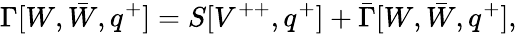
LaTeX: \Gamma[W,\bar{W},q^{+}]=S[V^{++},q^{+}]+\bar{\Gamma}[W,\bar{W},q^{+}],